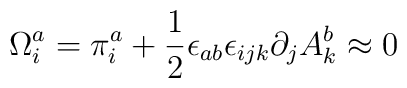
\Omega^a_{i} = \pi^a_{i} + \frac{1}{2}\epsilon_{a b}\epsilon_{ijk}\partial_jA^b_{k}\approx 0